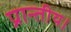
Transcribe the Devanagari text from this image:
प्रान्तीय।